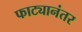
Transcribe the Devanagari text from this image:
फाट्यानंतर